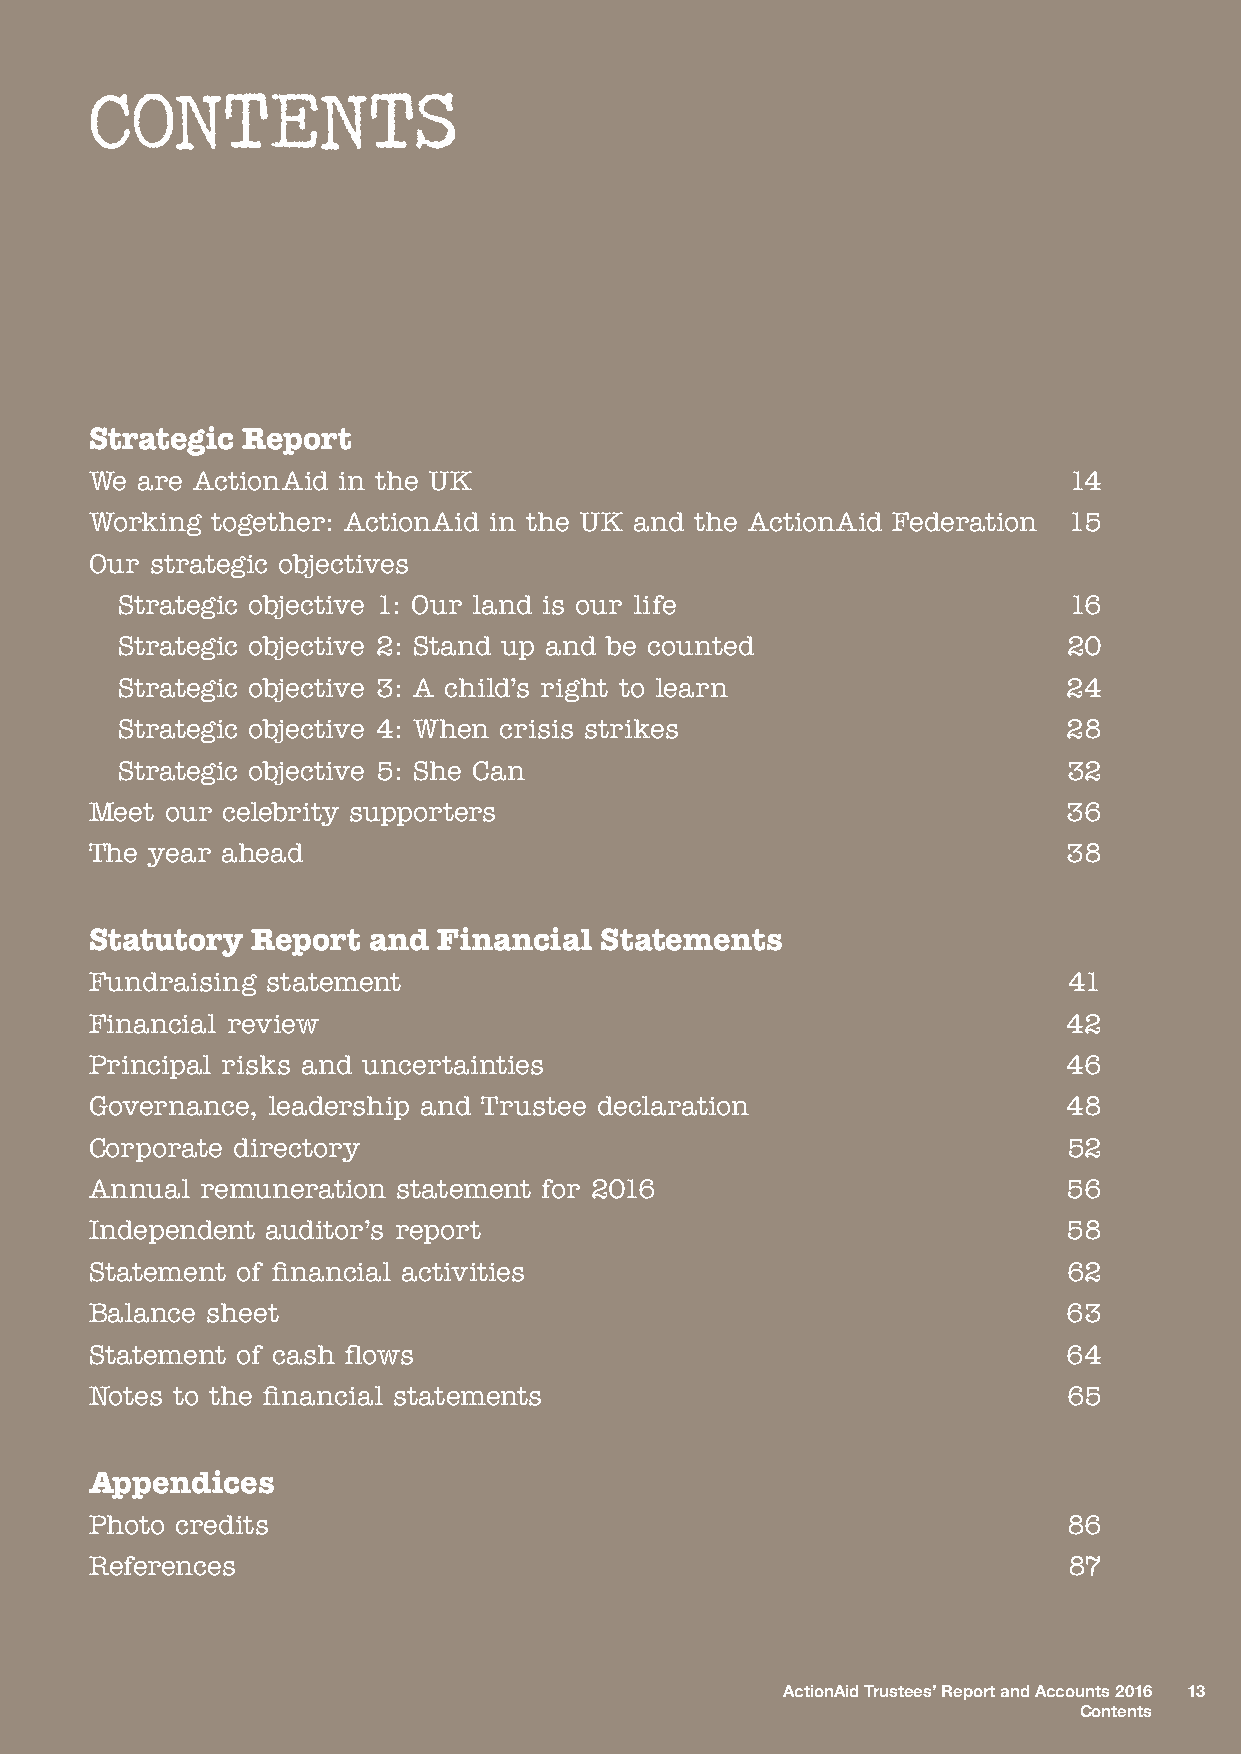
CONTENTS
 Strategic Report
 We are ActionAid in the UK                                       14
 Working together: ActionAid in the UK and the ActionAid Federation 15
 Our strategic objectives
 Strategic objective 1: Our land is our life                    16
 Strategic objective 2: Stand up and be counted                 20
 Strategic objective 3: A child’s right to learn                24
 Strategic objective 4: When crisis strikes                     28
 Strategic objective 5: She Can                                 32
 Meet our celebrity supporters                                    36
 The year ahead                                                   38
 Statutory  Report and  Financial  Statements
 Fundraising statement                                            41
 Financial review                                                 42
 Principal risks and uncertainties                                46
 Governance, leadership and Trustee declaration                   48
 Corporate directory                                              52
 Annual remuneration statement for 2016                           56
 Independent auditor’s report                                     58
 Statement of financial activities                                62
 Balance sheet                                                    63
 Statement of cash flows                                          64
 Notes to the financial statements                                65
 Appendices
 Photo credits                                                    86
 References                                                       87
 ActionAid Trustees’ Report and Accounts 2016 13
 Contents